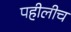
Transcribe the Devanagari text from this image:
पहीलीच